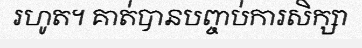
រហូត។ គាត់បានបញ្ចប់ការសិក្សា